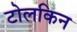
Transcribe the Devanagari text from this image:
टोलकिन